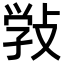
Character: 𢽾